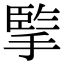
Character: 𢱯